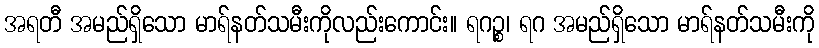
အရတီ အမည်ရှိသော မာရ်နတ်သမီးကိုလည်းကောင်း။ ရဂဉ္စ၊ ရဂ အမည်ရှိသော မာရ်နတ်သမီးကို